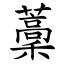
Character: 藳